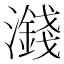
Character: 𪷻